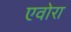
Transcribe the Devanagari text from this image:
एवोरा